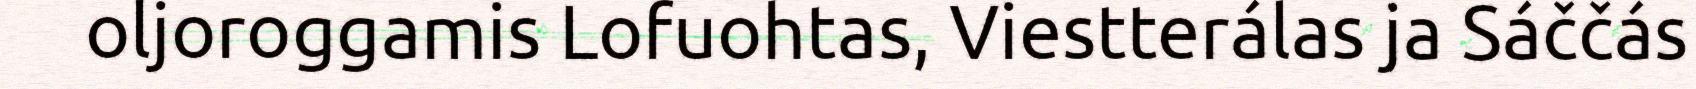
oljoroggamis Lofuohtas, Viestterálas ja Sáččás